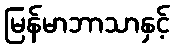
မြန်မာဘာသာနှင့်